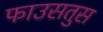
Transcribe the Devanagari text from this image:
फाउसतुस